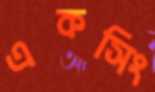
একসিং